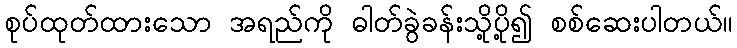
စုပ်ထုတ်ထားသော အရည်ကို ဓါတ်ခွဲခန်းသို့ပို့၍ စစ်ဆေးပါတယ်။